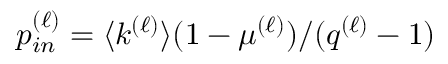
p _ { i n } ^ { ( \ell ) } = \langle k ^ { ( \ell ) } \rangle ( 1 - \mu ^ { ( \ell ) } ) / ( q ^ { ( \ell ) } - 1 )